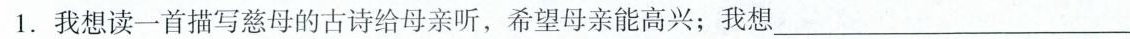
1.我想读一首描写慈母的古诗给母亲听，希望母亲能高兴；我想___